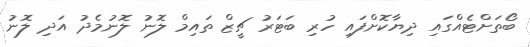
ބޯތަށްޓެއްގައި ދިޔާކޮށްފައި ހުރި ބަޓަރު ޗީޒް ތައިމް ލޮނު ލޮނުމެދު އަދި ލޮނު